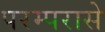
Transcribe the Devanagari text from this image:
परम्परासे